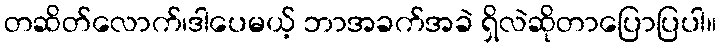
တဆိတ်လောက်၊ဒါပေမယ့် ဘာအခက်အခဲ ရှိလဲဆိုတာပြောပြပါ။